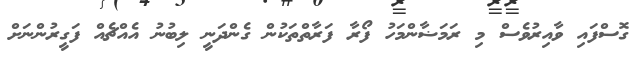
ގޮސްފައި ވާއިރުވެސް މި ރަމަޟާންމަހު ފޯރާ ފަރާތްތަކުން ގެންދަނީ ލިބުނު އެއްޗެއް ފަގީރުންނަށް